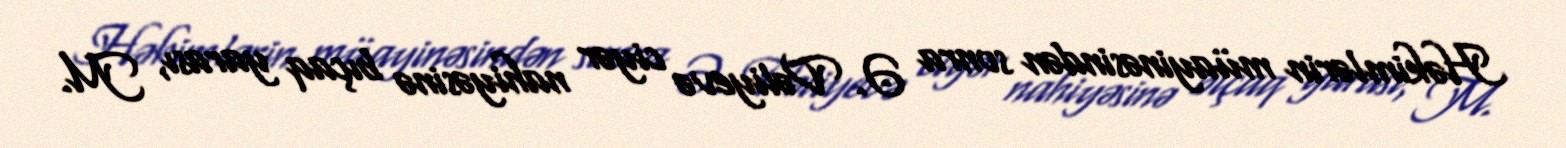
Həkimlərin müayinəsindən sonra Ə. Vəliyevə ciyər nahiyəsinə bıçaq yarası, M.